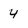
Character: 4